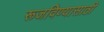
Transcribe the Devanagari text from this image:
रूजविण्यासाठी